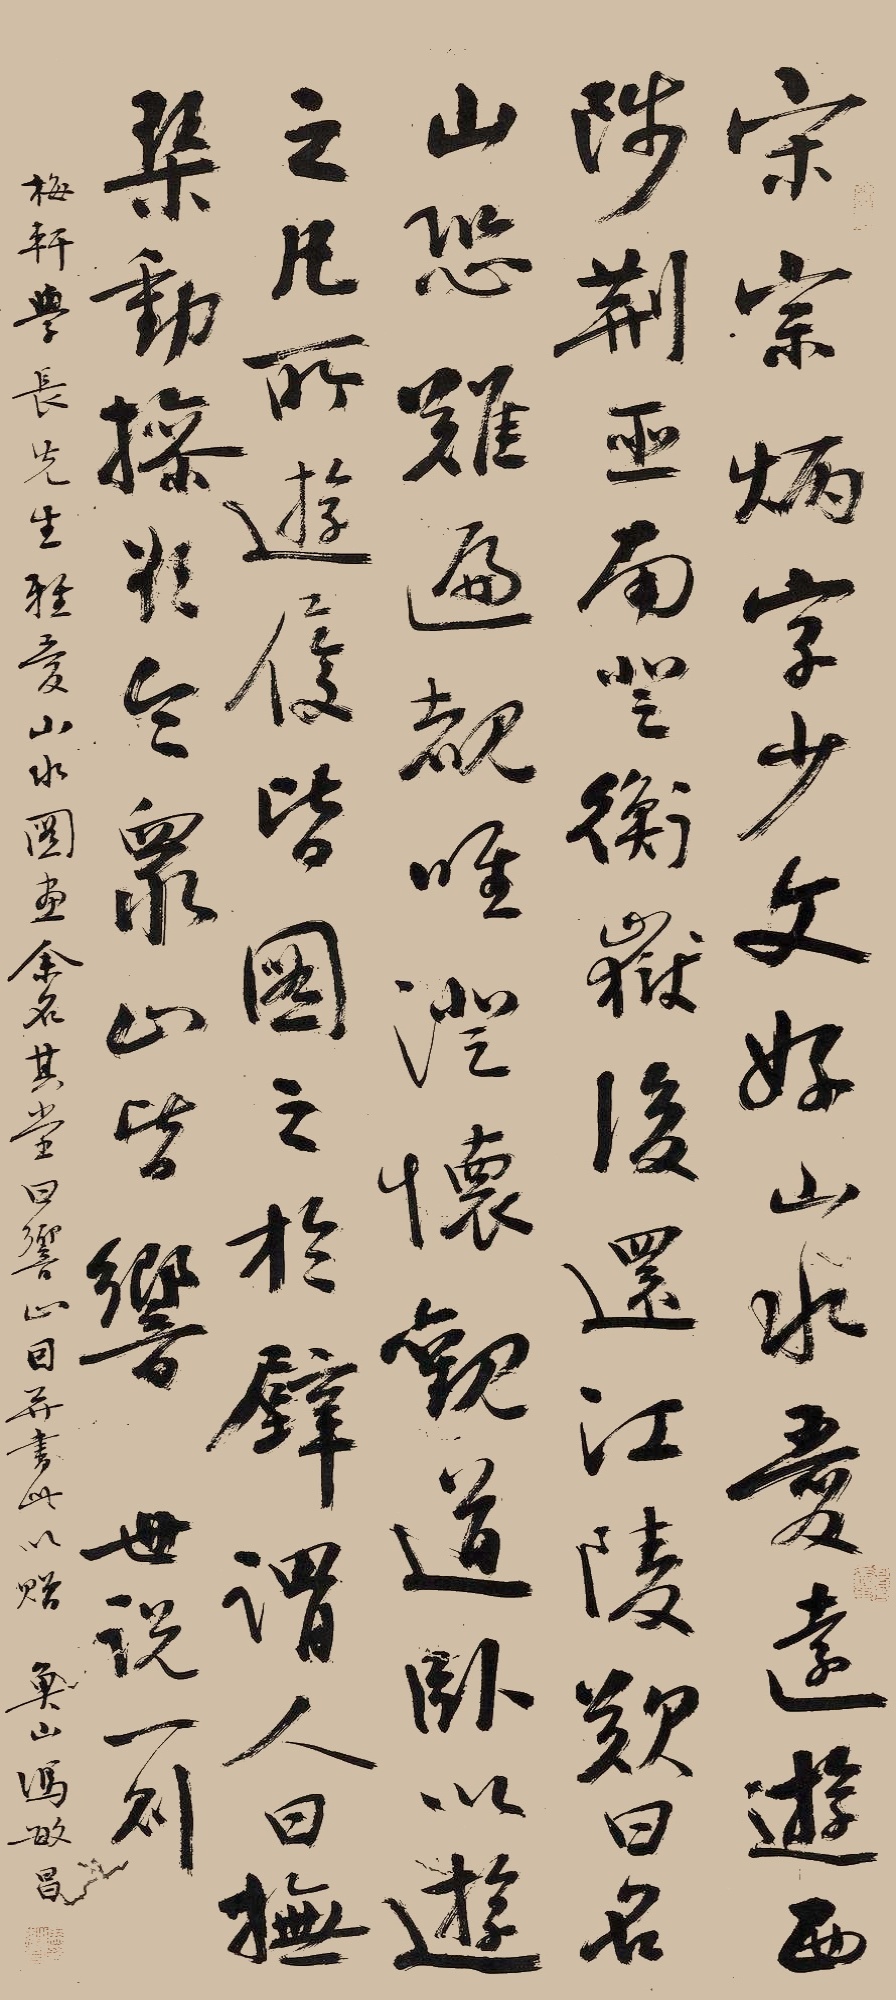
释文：宋宗炳字少文，好山水爱逺游，西陟荆巫南尘衡岳，后还江陵，叹曰名山恐难徧观，惟澄懐观道，卧以游之凡，所游歴皆图之，于室谓人曰抚琹动操，欲令众山皆响。世说一则。梅轩学长先生雅爱，山水图画，余名其堂曰响止，应并书此以赠。鱼山冯敏昌。